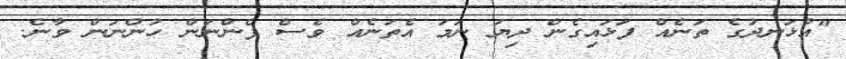
"އުޅަނދުގެ ތަނެއް ފަޅައިގެން ދިޔަ ނަމަ އެތަނެއް ވެސް ފެންނަން ހުންނަން ވާނެ.